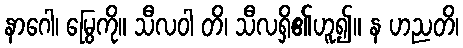
နာဂေါ၊ မြွေကို။ သီလဝါ တိ၊ သီလရှိ၏ဟူ၍။ န ဟညတိ၊